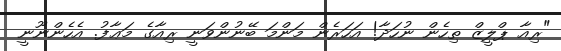
"ރިއާ ޕްލީޒް ތިހެން ނުހަދާ! އަހަރެން މަންމަ ބޭނުންވަނީ ރިއާގެ މަޢާފު. އެހެންނޫނީ